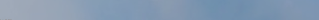
مدرسة الأطفال الصغار: تعل